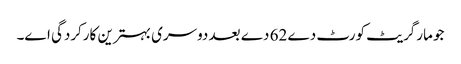
جو مارگریٹ کورٹ دے 62 دے بعد دوسری بہترین کارکردگی ا‏‏ے۔